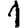
Digit: 1